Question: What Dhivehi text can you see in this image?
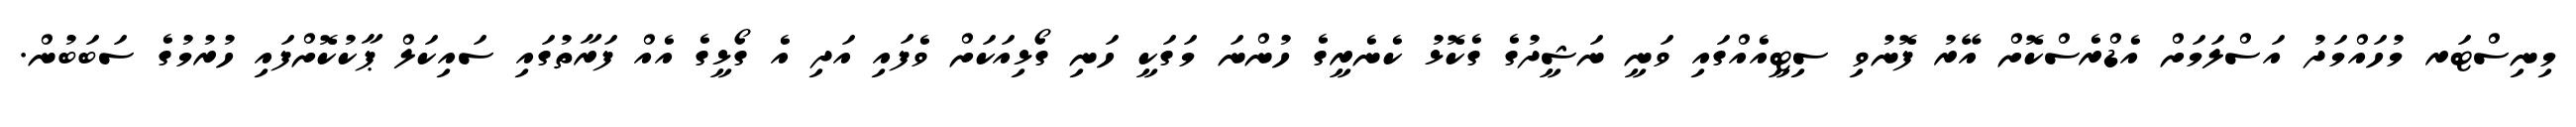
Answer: މިނިސްޓަރ މުހައްމަދު އަސްލަމަށް އެޑްރެސްކޮށް އޭރު ފޮނުވި ސިޓީއެއްގައި ވަނީ ނަޝީދުގެ ގެކޮޅު ކެނެރީގެ ހުންނަ މަގަކީ ހަނި ގޯޅިއަކަށް ވެފައި އަދި އެ ގޯޅީގެ އެއް ފަރާތުގައި ސައިކަލް ޕާކުކޮށްފައި ހުރުމުގެ ސަބަބުން.